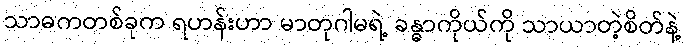
သာဓကတစ်ခုက ရဟန်းဟာ မာတုဂါမရဲ့ ခန္ဓာကိုယ်ကို သာယာတဲ့စိတ်နဲ့